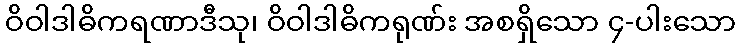
ဝိဝါဒါဓိကရဏာဒီသု၊ ဝိဝါဒါဓိကရုဏ်း အစရှိသော ၄-ပါးသော